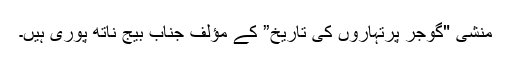
منشی "گوجر پرتہاروں کی تاریخ” کے مؤلف جناب بیج ناتھ پوری ہیں۔